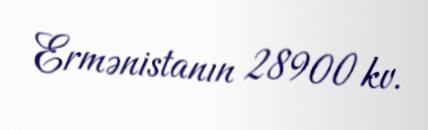
Ermənistanın 28900 kv.